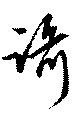
謌